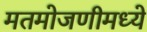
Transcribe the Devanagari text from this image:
मतमोजणीमध्ये